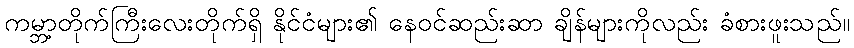
ကမ္ဘာ့တိုက်ကြီးလေးတိုက်ရှိ နိုင်ငံများ၏ နေဝင်ဆည်းဆာ ချိန်များကိုလည်း ခံစားဖူးသည်။